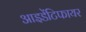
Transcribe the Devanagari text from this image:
आइडेंटिफायर